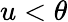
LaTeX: u<\theta